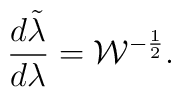
{{d\tilde{\lambda}}\over{d\lambda}}={\cal W}^{-{1\over 2}}.